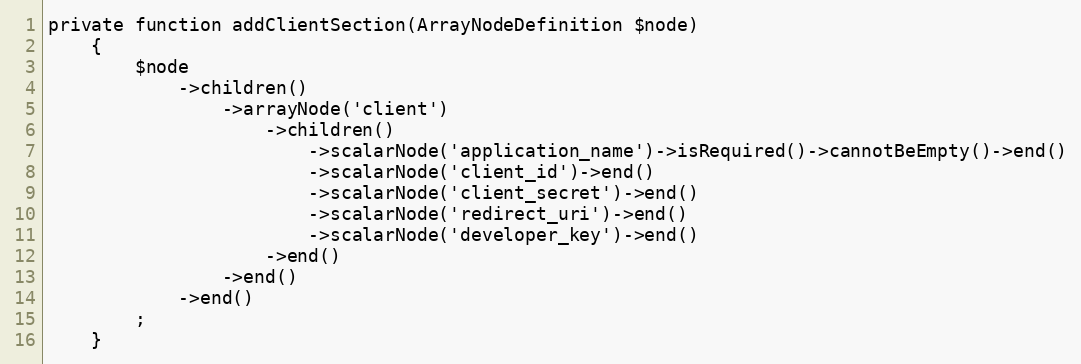
Language: PHP
private function addClientSection(ArrayNodeDefinition $node)
    {
        $node
            ->children()
                ->arrayNode('client')
                    ->children()
                        ->scalarNode('application_name')->isRequired()->cannotBeEmpty()->end()
                        ->scalarNode('client_id')->end()
                        ->scalarNode('client_secret')->end()
                        ->scalarNode('redirect_uri')->end()
                        ->scalarNode('developer_key')->end()
                    ->end()
                ->end()
            ->end()
        ;
    }